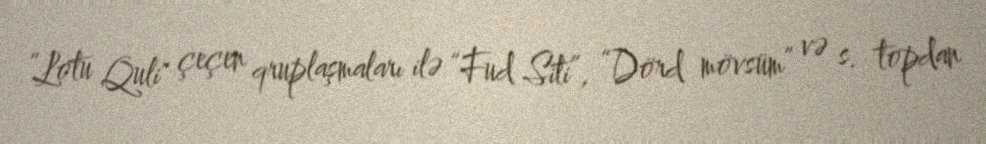
”Lotu Quli" çeçen qruplaşmaları ilə “Fud Siti”, “Dörd mövsüm” və s. topdan